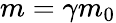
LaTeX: m=\gamma m_{0}